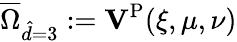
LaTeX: \overline{{\Omega}}_{\hat{d}=3}:=\mathbf{V}^{\mathrm{P}}(\xi,\mu,\nu)